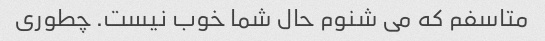
متاسفم که می شنوم حال شما خوب نیست. چطوری